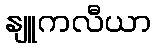
နျူကလီယာ